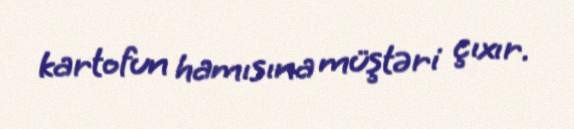
kartofun hamısına müştəri çıxır.